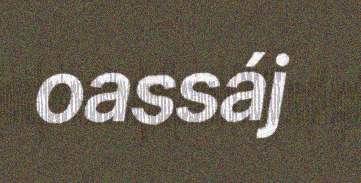
oassáj